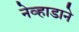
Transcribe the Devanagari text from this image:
नेव्हाडाने